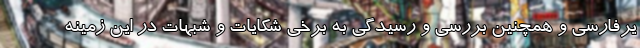
یرفارسی و همچنین بررسی و رسیدگی به برخی شکایات و شبهات در این زمینه